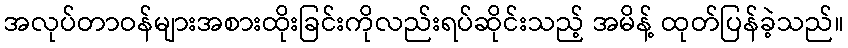
အလုပ်တာဝန်များအစားထိုးခြင်းကိုလည်းရပ်ဆိုင်းသည့် အမိန့် ထုတ်ပြန်ခဲ့သည်။